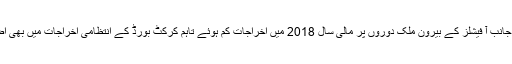
دوسری جانب آ فیشلز کے بیرون ملک دوروں پر مالی سال 2018 میں اخراجات کم ہوئے تاہم کرکٹ بورڈ کے انتظامی اخراجات میں بھی اضافہ ہوا۔